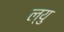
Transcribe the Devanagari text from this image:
ल्यु